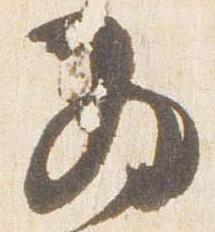
為